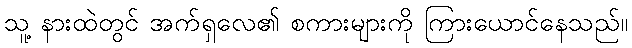
သူ့ နားထဲတွင် အက်ရှလေ၏ စကားများကို ကြားယောင်နေသည်။